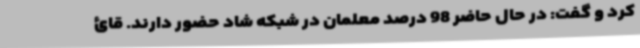
کرد و گفت: در حال حاضر 98 درصد معلمان در شبکه شاد حضور دارند. قائ